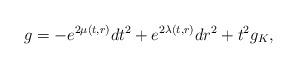
LaTeX: \begin{align*} g = -e^{2\mu(t,r)}dt^2 + e^{2\lambda(t,r)}dr^2 + t^2 g_K, \end{align*}